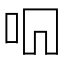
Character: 𫩦